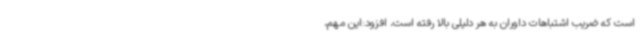
است که ضریب اشتباهات داوران به هر دلیلی بالا رفته است، افزود:این مهم،